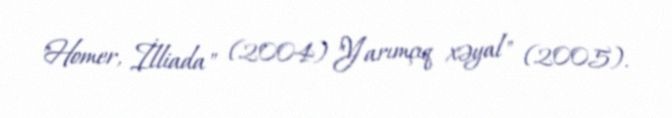
"Homer, İlliada" (2004) "Yarımçıq xəyal" (2005).